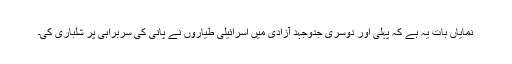
نمایاں بات یہ ہے کہ پہلی اور دوسری جدوجہد آزادی میں اسرائیلی طیاروں نے پانی کی سربراہی پر شلباری کی۔